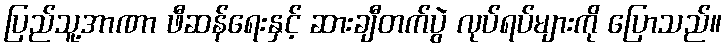
ပြည်သူ့အာဏာ ဖီဆန်ရေးနှင့် ဆားချီတက်ပွဲ လုပ်ရပ်များကို ပြောသည်။